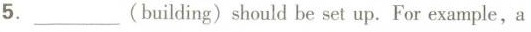
5.___（building）should be set up.For example，a